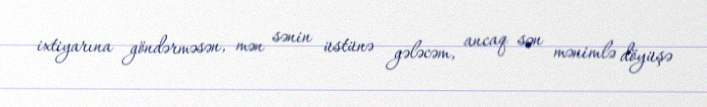
ixtiyarına göndərməsən, mən sənin üstünə gələcəm, ancaq sən mənimlə döyüşə